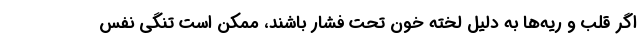
اگر قلب و ریه‌ها به دلیل لخته خون تحت فشار باشند، ممکن است تنگی نفس